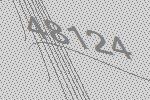
48124